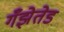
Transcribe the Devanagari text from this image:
गँझेतेड